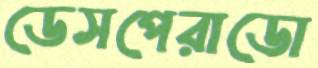
ডেসপেরাডো